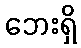
ဘေးရှိ